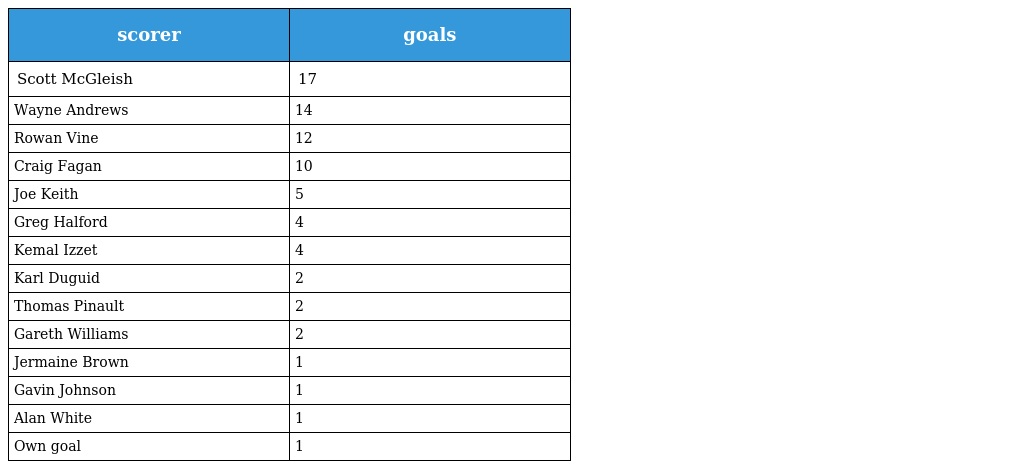
| scorer | goals |
 | --- | --- |
 | Scott McGleish | 17 |
 | Wayne Andrews | 14 |
 | Rowan Vine | 12 |
 | Craig Fagan | 10 |
 | Joe Keith | 5 |
 | Greg Halford | 4 |
 | Kemal Izzet | 4 |
 | Karl Duguid | 2 |
 | Thomas Pinault | 2 |
 | Gareth Williams | 2 |
 | Jermaine Brown | 1 |
 | Gavin Johnson | 1 |
 | Alan White | 1 |
 | Own goal | 1 |